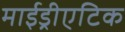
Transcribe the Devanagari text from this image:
माईड्रीएटिक